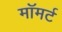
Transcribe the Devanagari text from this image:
मॉमर्ट